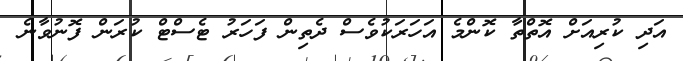
އަދި ކުރިއަށް އޮތްތާ ކޮންމެ އަހަރަކުވެސް ދެތިން ފަހަރު ޓެސްޓް ކުރަން ފޮނުވާނެ